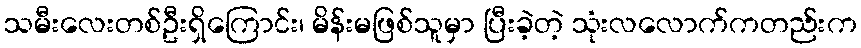
သမီးလေးတစ်ဦးရှိကြောင်း၊ မိန်းမဖြစ်သူမှာ ပြီးခဲ့တဲ့ သုံးလလောက်ကတည်းက